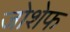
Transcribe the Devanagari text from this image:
जोशेफ